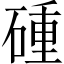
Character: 𥔧